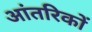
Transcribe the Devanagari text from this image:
आंतरिकों